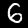
Digit: 6